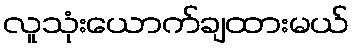
လူသုံးယောက်ချထားမယ်